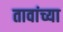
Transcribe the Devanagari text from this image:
तावांच्या